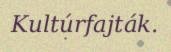
Kultúrfajták.